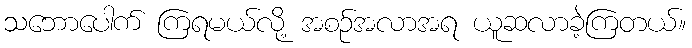
သဘောပေါက် ကြရမယ်လို့ အစဉ်အလာအရ ယူဆလာခဲ့ကြတယ်။